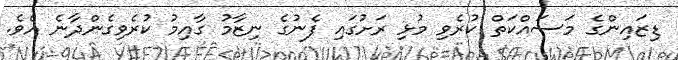
ޑިޒައިންގެ މަސައްކަތް ކުރެވި މުޅި ރަށުގައި ފެނުގެ ނިޒާމު ގާއިމު ކުރެވިގެންދާނެ އެވެ.